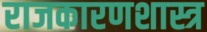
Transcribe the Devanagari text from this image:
राजकारणशास्त्र